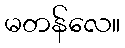
မတန်လေ။